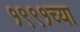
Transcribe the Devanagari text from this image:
१९९१च्या